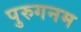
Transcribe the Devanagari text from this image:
पुरुगनम